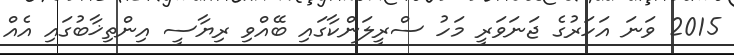
2015 ވަނަ އަހަރުގެ ޖަނަވަރީ މަހު ސްރީލަންކާގައި ބޭއްވި ރިޔާސީ އިންތިޚާބުގައި އެއް